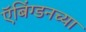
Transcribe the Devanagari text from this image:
ऍबिंग्डनच्या